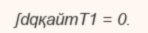
ʃdqқайтT1 = 0.